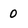
Character: 0